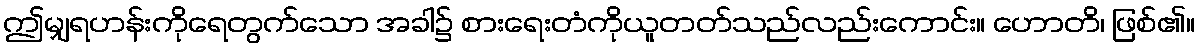
ဤမျှရဟန်းကိုရေတွက်သော အခါ၌ စားရေးတံကိုယူတတ်သည်လည်းကောင်း။ ဟောတိ၊ ဖြစ်၏။